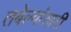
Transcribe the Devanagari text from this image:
तबेल्यांसाठी